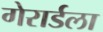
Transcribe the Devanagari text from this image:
गेरार्डला